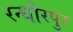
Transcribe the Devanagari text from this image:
रन्धीरपुर